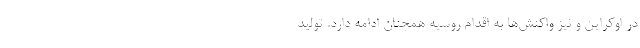
در اوکراین و نیز واکنش‌ها به اقدام روسیه همچنان ادامه دارد. تولید